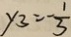
y _ { 3 } = - \frac { 1 } { 3 }